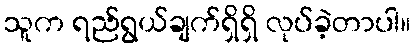
သူက ရည်ရွယ်ချက်ရှိရှိ လုပ်ခဲ့တာပါ။